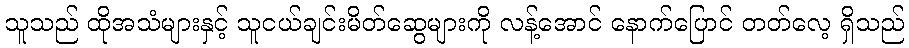
သူသည် ထိုအသံများနှင့် သူငယ်ချင်းမိတ်ဆွေများကို လန့်အောင် နောက်ပြောင် တတ်လေ့ ရှိသည်